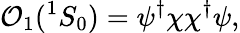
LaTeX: {\cal O}_{1}({}^{1}S_{0})=\psi^{\dagger}\chi\chi^{\dagger}\psi,